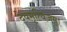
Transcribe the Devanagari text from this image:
देवमृत्विजम्‌।